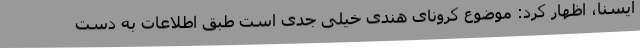
ایسنا، اظهار کرد: موضوع کرونای هندی خیلی جدی است طبق اطلاعات به دست